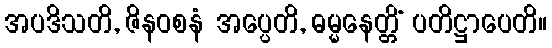
အပဒိသတိ, ဇိနဝစနံ အပ္ပေတိ, ဓမ္မနေတ္တိံ ပတိဋ္ဌာပေတိ။